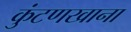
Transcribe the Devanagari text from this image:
कुंटणखाना